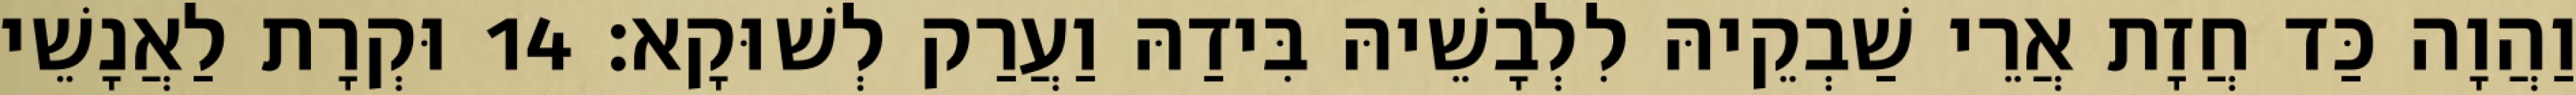
וַהֲוָה כַּד חֲזָת אֲרֵי שַׁבְקֵיהּ לִלְבָשֵׁיהּ בִּידַהּ וַעֲרַק לְשׁוּקָא׃ 14 וּקְרָת לַאֲנָשֵׁי